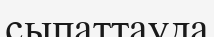
сыпаттауда